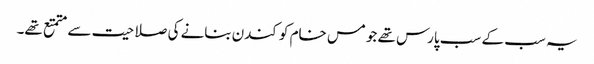
یہ سب کے سب پارس تھے جو مس خام کو کندن بنانے کی صلاحیت سے متمتع تھے۔